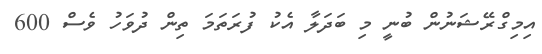
އިމިގްރޭޝަނުން ބުނީ މި ބަދަލާ އެކު ފުރަތަމަ ތިން ދުވަހު ވެސް 600